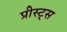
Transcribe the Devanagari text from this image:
प्रीस्ट्स